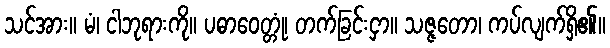
သင်အား။ မံ၊ ငါဘုရားကို။ ပဓာဝေတ္တုံ၊ တက်ခြင်းငှာ။ သဇ္ဇတော၊ ကပ်လျက်ရှိ၏။